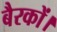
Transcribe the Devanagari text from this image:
बैरकों।